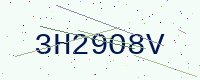
Text: 3H29O8V